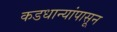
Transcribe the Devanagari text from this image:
कडधान्यांपासून